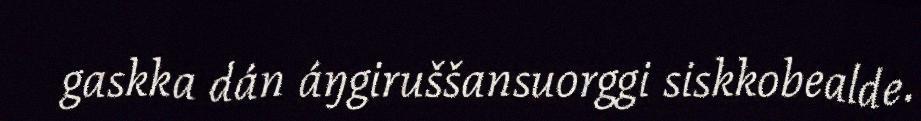
gaskka dán áŋgiruššansuorggi siskkobealde.